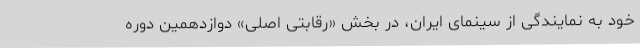
خود به نمایندگی از سینمای ایران، در بخش «رقابتی اصلی» دوازدهمين دوره